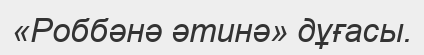
«Роббәнә әтинә» дұғасы.